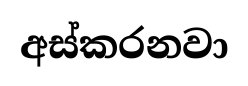
අස්කරනවා